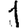
Digit: 1